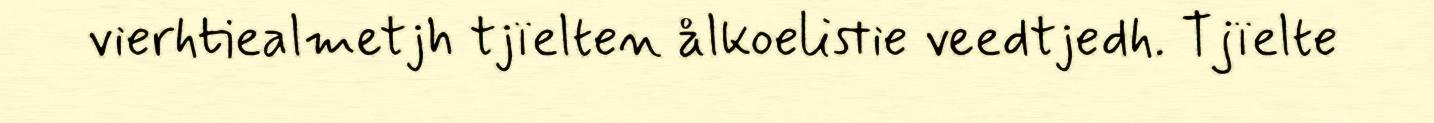
vierhtiealmetjh tjïelten ålkoelistie veedtjedh. Tjïelte